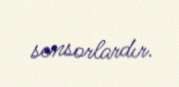
sensorlardır.